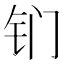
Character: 钔